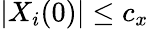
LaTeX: |X_{i}(0)|\le c_{x}